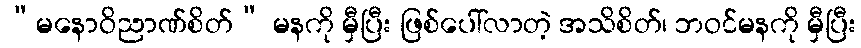
“မနောဝိညာဏ်စိတ်” မနကို မှီပြီး ဖြစ်ပေါ်လာတဲ့ အသိစိတ်၊ ဘဝင်မနကို မှီပြီး